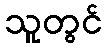
သူတွင်